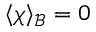
\langle \boldsymbol { \chi } \rangle _ { \mathcal B } = 0